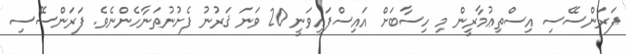
ފަރަންސޭސި އިސްތިޢުމާރީން މި ހިސާބަށް އައިސްފައިވަނީ 20 ވަނަ ޤަރުނު ފެށުނުތަނާހެންނެވެ. ފަރަންސޭސި